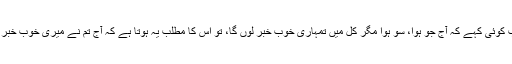
جب کوئی کہے کہ آج جو ہوا، سو ہوا مگر کل میں تمہاری خوب خبر لوں گا، تو اس کا مطلب یہ ہوتا ہے کہ آج تم نے میری خوب خبر لی۔